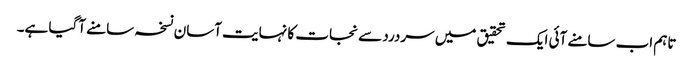
تاہم اب سامنے آئی ایک تحقیق میں سردرد سے نجات کا نہایت آسان نسخہ سامنے آگیا ہے۔